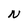
Character: N